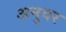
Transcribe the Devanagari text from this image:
अनुवर